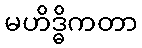
မဟိဒ္ဓိကတာ